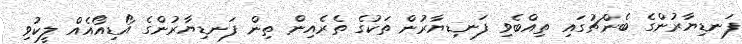
ފަނޑިޔާރުންގެ ބެންޗުގައި ތިއްބެވި ފަނޑިޔާރުން ތަކުގެ ތެރެއިން ތިން ފަނޑިޔާރުންގެ އޯޑިއޯއެއް ލީކުވި